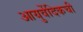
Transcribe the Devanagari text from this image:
आयुर्वेदिकची